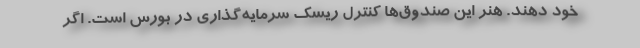
خود دهند. هنر این صندوق‌ها کنترل ریسک سرمایه‌گذاری در بورس است. اگر